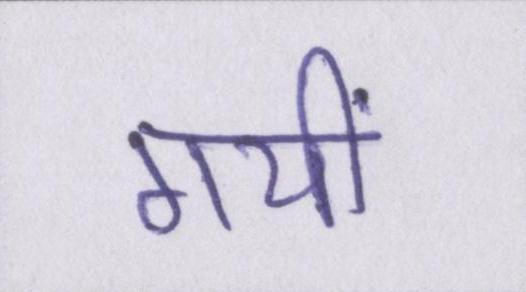
गयीं